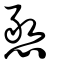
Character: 憨